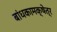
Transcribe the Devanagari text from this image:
बांधकामक्षेत्र